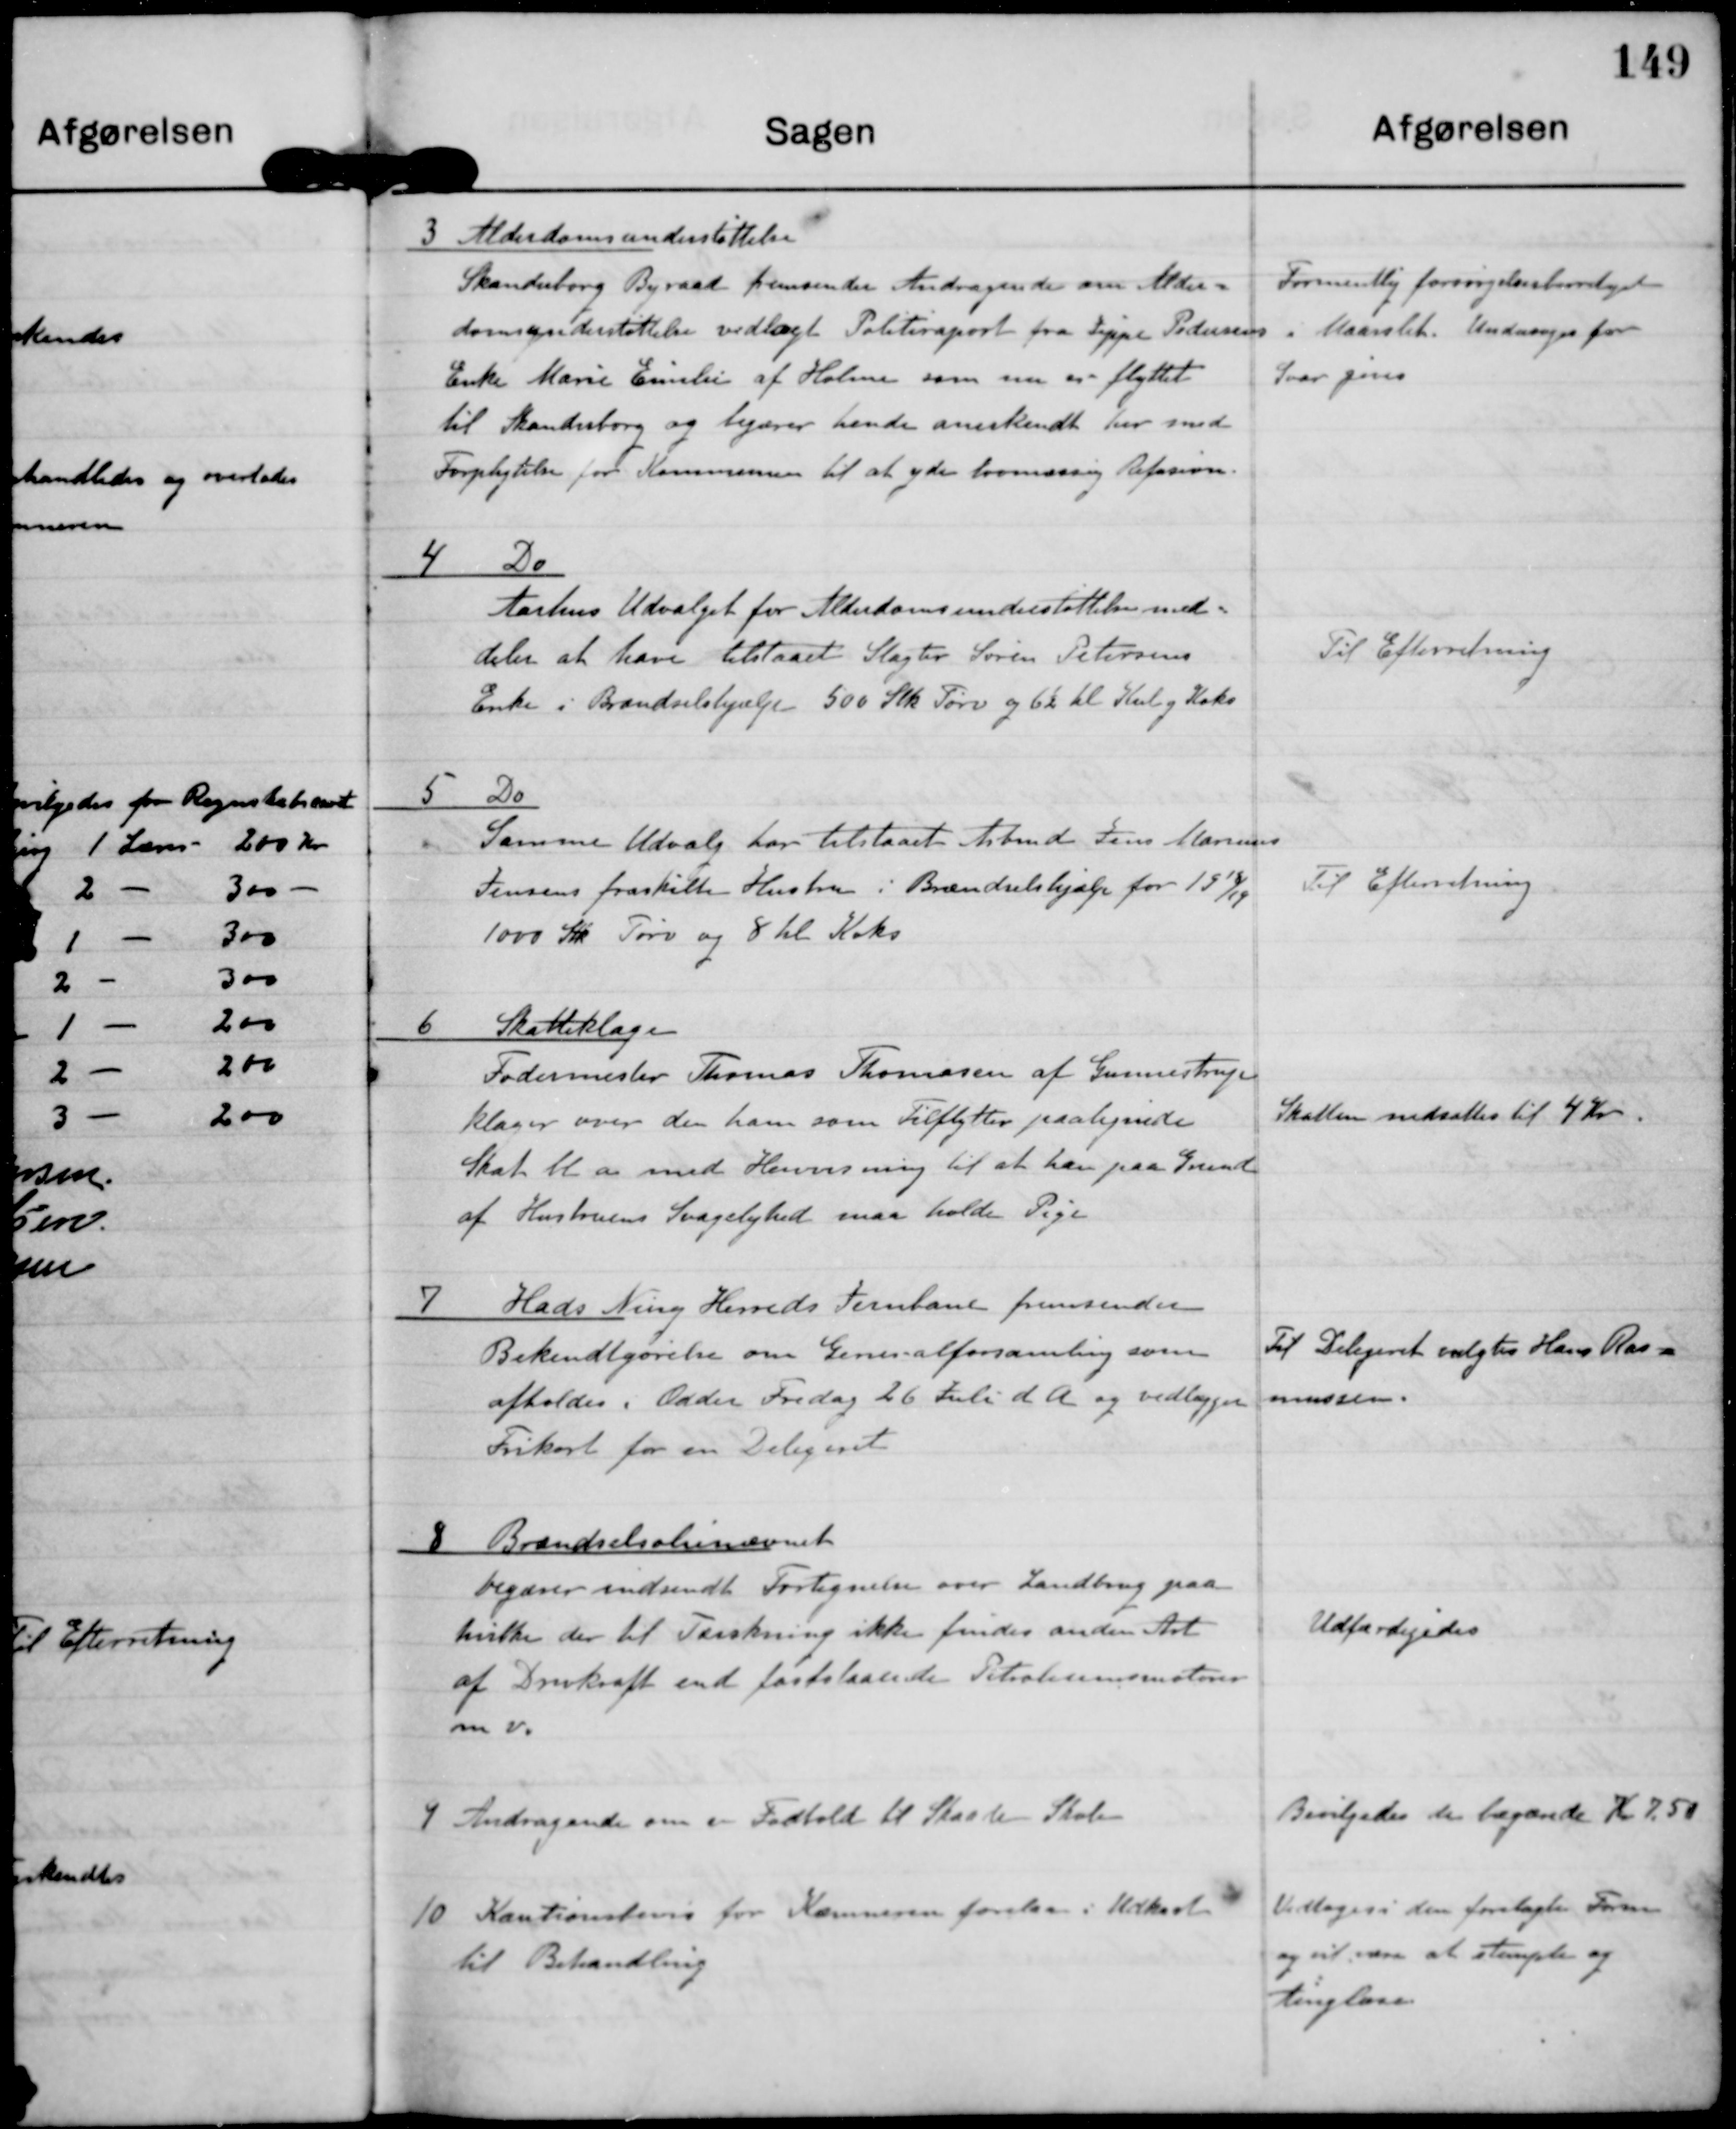
Transskription:
3 Alderdomsunderstøttelse
Skanderborg Byraad fremsender Andragende om Alder-
domsunderstøttelse vedlagt Politiraport fra Jeppe Pedersens
Enke Marie Emilie af Holme som nu er flyttet
til Skanderborg og begærer hende anerkendt her med
Forpligtelse for Kommunen til at yde lovmæssig Refusion.

Formentlig forsørelsesberetiget
i Maarslet. Undersøges før
Svar gives.

4 Do
Aarhus Udvalget for Alderdomsunderstøttelse med-
deler at have tilstaaet Slagter Søren Petersens
Enke i Brændselshjælp 500 Stk Tørv og 6½ hl Kul og Koks

Til Efterretning

5 Do
Samme Udvalg har tilstaaet Arbmd Jens Marinus
Jensens fraskilte Hustru i Brændselshjælp for 1918/19
1000 Stk Tørv og 8 hl. Koks

Til Efterretning

6 Skatteklager
Fodermester Thomas Thomasen af Gunnestrup
klager over den ham som Tilflytter paalignede
Skat bl.a. med Henvisning til at han paa Grund
af Hustruens Svagelighed maa holde Pige

Skatten nedsættes til 4 Kr.

7 Hads Ning Herreds Jernbane fremsender
Bekendtgørelse om Generalforsamling som
afholdes i Odder Fredag 26 Jul d A og vedlægger
Frikort for en Delegeret.

Til Delegeret valgtes Hans Ras-
mussen.

8 Brændselsolienævnet
Begærer indsendt Fortegnelse over Landbrug paa
hvilke der til Tærskning ikke findes anden Art
af Drivkraft end fastslaaende Petroleumsmotorer
m.V.

Udfærdigedes

9 Andragende om en Fodbold til Skaade Skole

Bevilgedes de begærede Kr. 7.50

10 Kautionisters fra Kæmneren forelaa i Udkast
til Behandling.

Vedtoges i den forelagte Form
og vil være at stemple og
tingløse